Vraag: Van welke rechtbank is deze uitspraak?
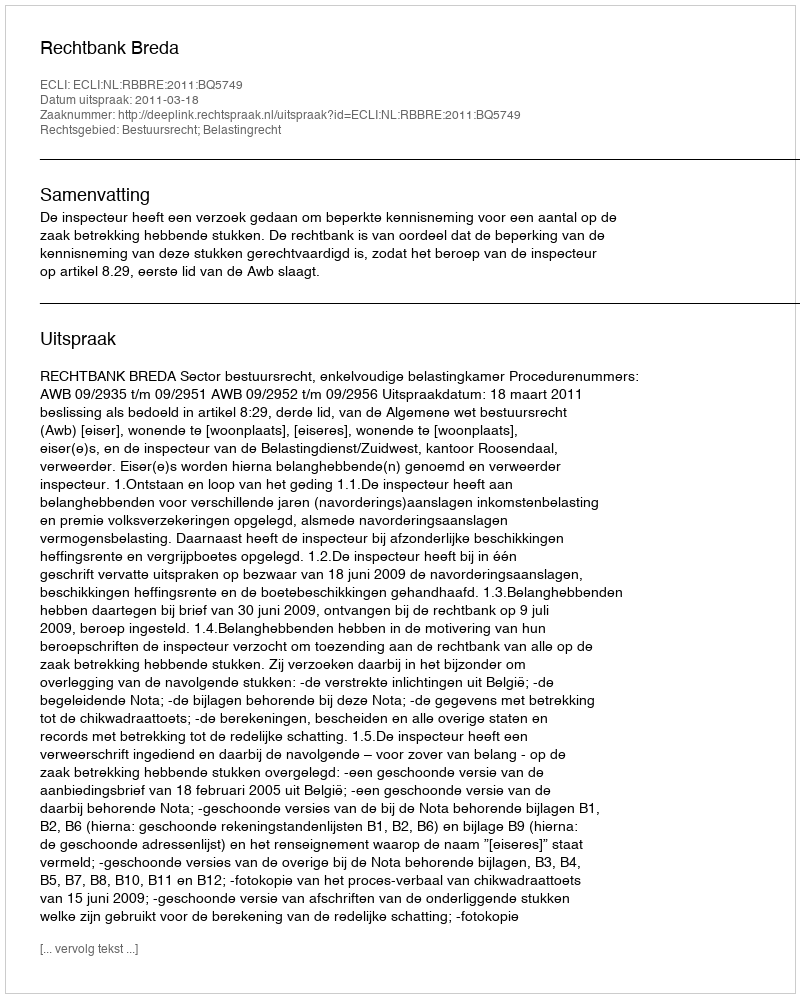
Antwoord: Rechtbank Breda